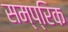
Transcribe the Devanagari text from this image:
सम्प्रिक